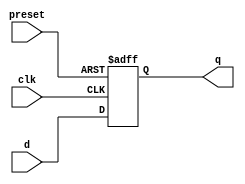
module dff_asynchronous_preset (
    input wire clk,
    input wire preset,
    input wire d,
    output reg q
);

always @(posedge clk or posedge preset) begin
    if (preset) begin
        q <= 1'b1; // Set to predefined state
    end else begin
        q <= d;
    end
end

endmodule